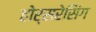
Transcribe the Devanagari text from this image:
होर्सरेसिंग